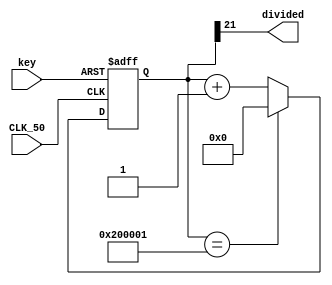
module divisor(
	input CLK_50,
	input key,
	output divided
	);

reg [23:0]count;
wire reset_n;

assign reset_n = key;

always@(posedge CLK_50 or negedge reset_n)
begin
	if (~reset_n)
      count = 0;
	else if (count == 24'b001000000000000000000001)
		count = 0;
	else
		count = count + 1;
  end
  
  assign divided = count[21];

endmodule